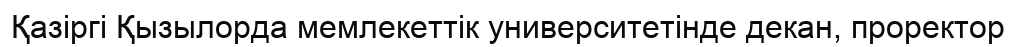
Қазіргі Қызылорда мемлекеттік университетінде декан, проректор